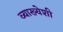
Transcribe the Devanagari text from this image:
व्याख्येशी